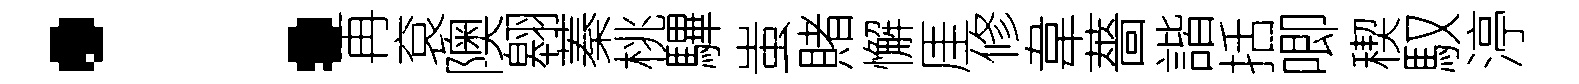
：再袞隩翱蓁桃驆蚩賭懈厓修韋薔諧括唧稧馭渟